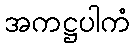
အကဋ္ဌပါကံ